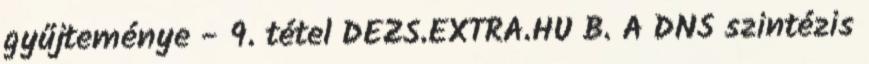
gyűjteménye - 9. tétel DEZS.EXTRA.HU B. A DNS szintézis